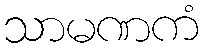
သာမဏကံ